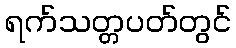
ရက်သတ္တပတ်တွင်